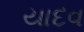
યાદવ